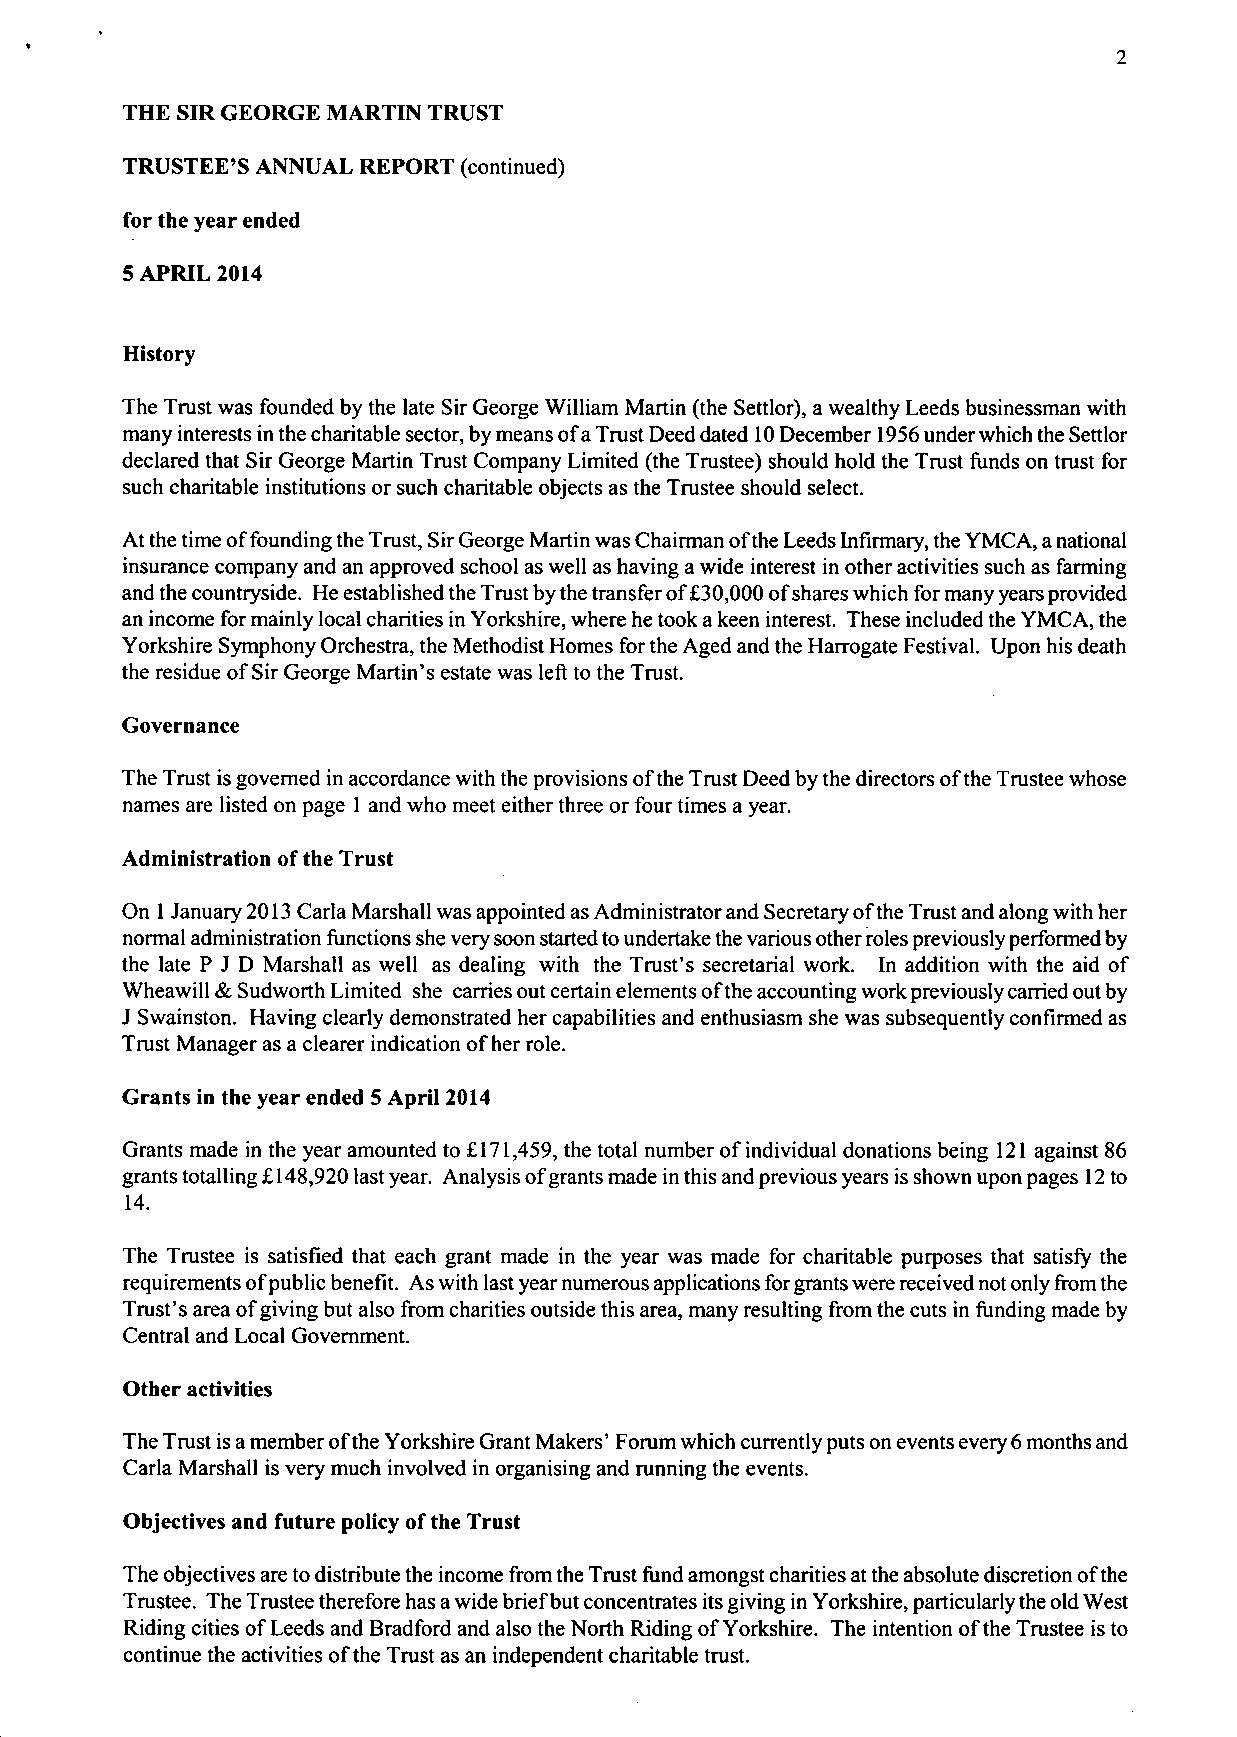
2
 THE SIR GEORGE MARTIN TRUST
 TRUSTEE'S ANNUAL REPORT (continued)
 for the year ended
 5 APRIL 2014
 History
 The Trust was founded by the late Sir George William Martin (the Settlor), a wealthy Leeds businessman with
 many interests in the charitable sector, by means of a Trust Deed dated 10 December 1956 under which the Settlor
 declared that Sir George Martin Trust Company Limited (the Trustee) should hold the Trust funds on trust for
 such charitable institutions or such charitable objects as the Trustee should select.
 At the time of founding the Trust, Sir George Martin was Chairman of the Leeds Infirmary, the YMCA, a national
 insurance company and an approved school as well as having a wide interest in other activities such as farming
 and the countryside. He established the Trust by the transfer of £30,000 of shares which for many years provided
 an income for mainly local charities in Yorkshire, where he took a keen interest. These included the YMCA, the
 Yorkshire Symphony Orchestra, the Methodist Homes for the Aged and the Harrogate Festival. Upon his death
 the residue of Sir George Martin's estate was left to the Trust.
 Governance
 The Trust is governed in accordance with the provisions of the Trust Deed by the directors of the Trustee whose
 names are listed on page 1 and who meet either three or four times a year.
 Administration of the Trust
 On 1 January 2013 Carla Marshall was appointed as Administrator and Secretary of the Trust and along with her
 normal administration functions she very soon started to undertake the various other roles previously performed by
 the late P J D Marshall as well as dealing with the Trust's secretarial work. In addition with the aid of
 Wheawill & Sudworth Limited she carries out certain elements of the accounting work previously carried out by
 J Swainston. Having clearly demonstrated her capabilities and enthusiasm she was subsequently confirmed as
 Trust Manager as a clearer indication of her role.
 Grants in the year ended 5 April 2014
 Grants made in the year amounted to £ 171,459, the total number of individual donations being 121 against 86
 grants totalling £148,920 last year. Analysis of grants made in this and previous years is shown upon pages 12 to
 14.
 The Trustee is satisfied that each grant made in the year was made for charitable purposes that satisfy the
 requirements of public benefit. As with last year numerous applications for grants were received not only from the
 Trust's area of giving but also from charities outside this area, many resulting from the cuts in funding made by
 Central and Local Government.
 Other activities
 The Trust is a member of the Yorkshire Grant Makers' Forum which currently puts on events every 6 months and
 Carla Marshall is very much involved in organising and running the events.
 Objectives and future policy of the Trust
 The objectives are to distribute the income from the Trust fund amongst charities at the absolute discretion of the
 Trustee. The Trustee therefore has a wide brief but concentrates its giving in Yorkshire, particularly the old West
 Riding cities of Leeds and Bradford and also the North Riding of Yorkshire. The intention of the Trustee is to
 continue the activities of the Trust as an independent charitable trust.